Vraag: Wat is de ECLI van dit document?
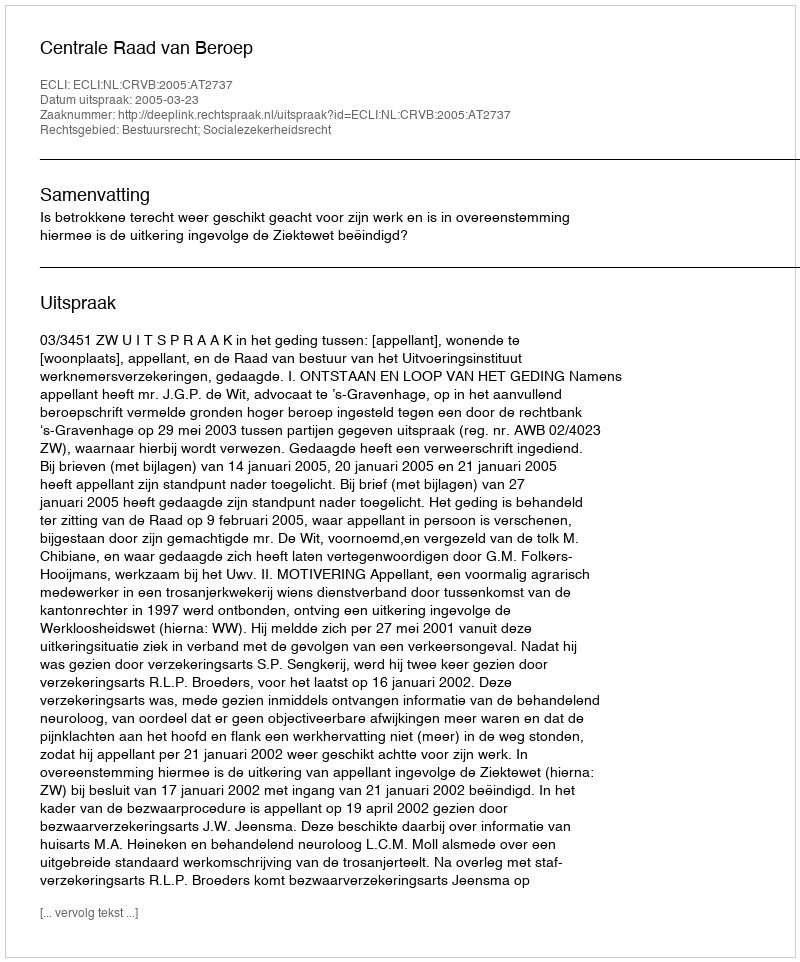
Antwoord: ECLI:NL:CRVB:2005:AT2737